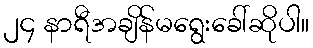
၂၄ နာရီအချိန်မရွေးခေါ်ဆိုပါ။